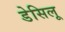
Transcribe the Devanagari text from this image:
डेसिलू